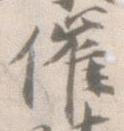
催